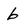
Character: b